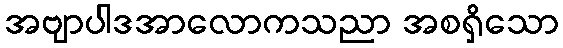
အဗျာပါဒအာလောကသညာ အစရှိသော